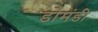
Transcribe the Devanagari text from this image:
डोमंडी